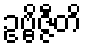
ဥဗ္ဗိဇ္ဇီတိ